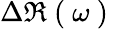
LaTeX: \Delta\Re\mathrm{~(~}\omega\mathrm{~)~}